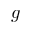
g